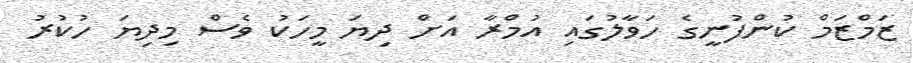
ޒަމްޒަމް ކުންފުނީގެ ހަވާލުގައި އުމްރާ އަށް ދިޔަ މީހަކު ވެސް މިދިޔަ ހުކުރު